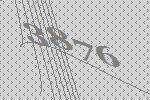
3876